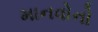
માનવોનો